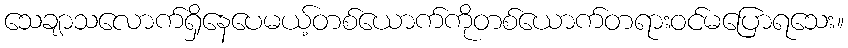
သေချာသလောက်ရှိနေပေမယ့်တစ်ယောက်ကိုတစ်ယောက်တရားဝင်မပြောရသေး။